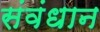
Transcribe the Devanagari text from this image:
संवंधान